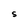
Character: S